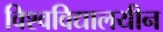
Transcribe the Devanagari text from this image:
विश्‍वविद्यालयीन